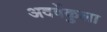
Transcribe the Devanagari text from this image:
अदवेंकुला